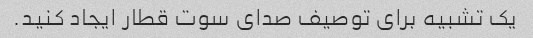
یک تشبیه برای توصیف صدای سوت قطار ایجاد کنید.